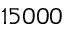
1 5 0 0 0